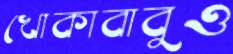
খোকাবাবুও